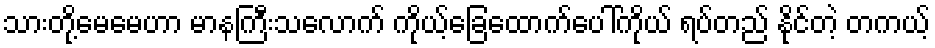
သားတို့မေမေဟာ မာနကြီးသလောက် ကိုယ့်ခြေထောက်ပေါ်ကိုယ် ရပ်တည် နိုင်တဲ့ တကယ့်